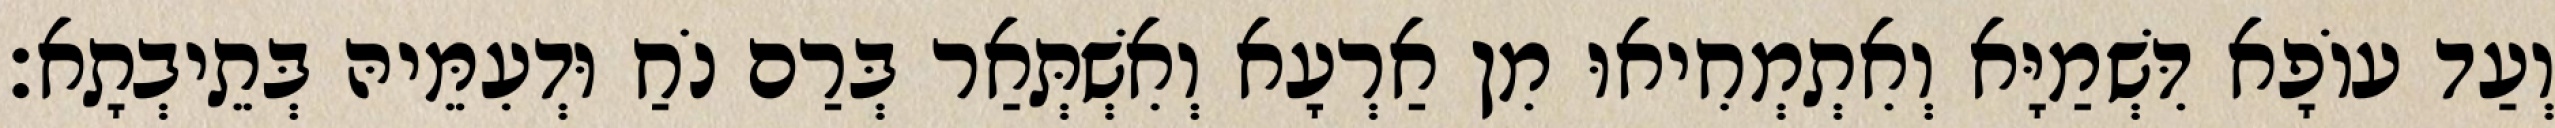
וְעַד עוֹפָא דִּשְׁמַיָּא וְאִתְמְחִיאוּ מִן אַרְעָא וְאִשְׁתְּאַר בְּרַם נֹחַ וּדְעִמֵּיהּ בְּתֵיבְתָא׃